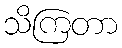
သိကြတာ